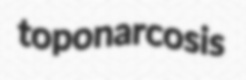
toponarcosis